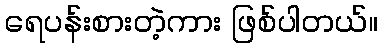
ရေပန်းစားတဲ့ကား ဖြစ်ပါတယ်။